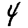
Digit: 4